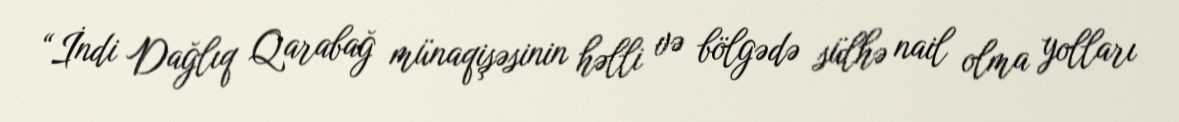
“İndi Dağlıq Qarabağ münaqişəsinin həlli və bölgədə sülhə nail olma yolları